Leaving Certificate Examination, 1908
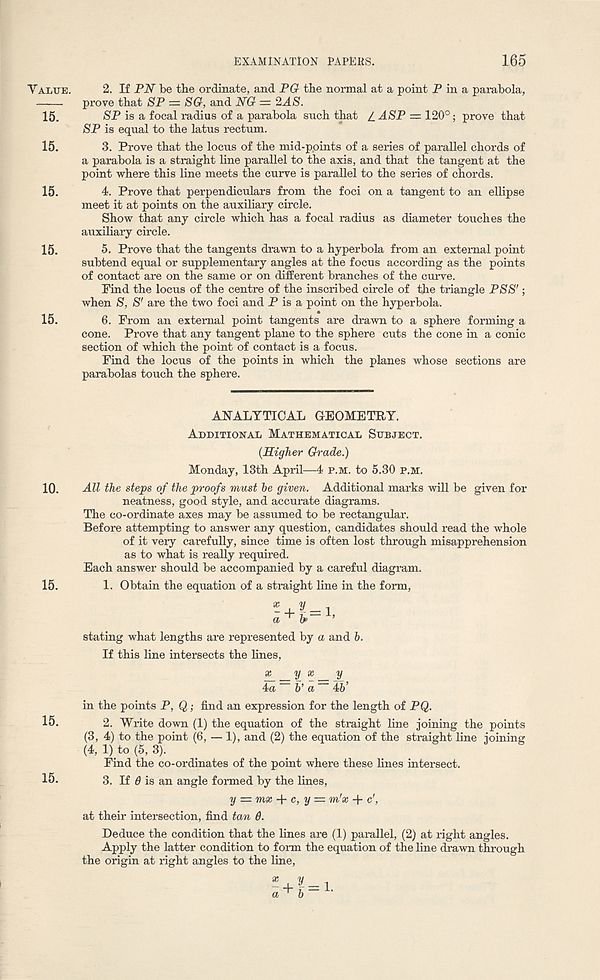
Yalue.
15.
15.
15.
15.
15.
10.
15.
15.
15.
EXAMINATION PAPEKS.
165
2. If PN be the ordinate, and PG the normal at a point P in a parabola,
prove that SP = SG, and NG — 2AS.
SP is a focal radius of a parabola such that / ASP = 120°; prove that
SP is equal to the latus rectum.
3. Prove that the locus of the mid-ppints of a series of parallel chords of
a parabola is a straight line parallel to the axis, and that the tangent at the
point where this line meets the curve is parallel to the series of chords.
4. Prove that perpendiculars from the foci on a tangent to an ellipse
meet it at points on the auxiliary circle.
Show that any circle which has a focal radius as diameter touches the
auxiliary circle.
5. Prove that the tangents drawn to a hyperbola from an external point
subtend equal or supplementary angles at the focus according as the points
of contact are on the same or on different branches of the curve.
Find the locus of the centre of the inscribed circle of the triangle PSS';
when S, S' are the two foci and P is a point on the hyperbola.
6. From an external point tangents are drawn to a sphere forming a
cone. Prove that any tangent plane to the sphere cuts the cone in a conic
section of which the point of contact is a focus.
Find the locus of the points in which the planes whose sections are
parabolas touch the sphere.
ANALYTICAL GEOMETRY.
Additional Mathematical Subject.
(Higher Grade.)
Monday, 13th April—4 p.m. to 5.30 P.M.
All the steps of the proofs must he given. Additional marks will be given for
neatness, good style, and accurate diagrams.
The co-ordinate axes may be assumed to be rectangular.
Before attempting to answer any question, candidates should read the whole
of it very carefully, since time is often lost through misapprehension
as to what is really required.
Each answer should be accompanied by a careful diagram.
1. Obtain the equation of a straight line in the form,
stating what lengths are represented by a and b.
If this line intersects the lines,
4a b’ a 45’
in the points P, Q; find an expression for the length of PQ.
2. Write down (1) the equation of the straight line joining the points
(3, 4) to the point (6, — 1), and (2) the equation of the straight line joining
(4, 1) to (5, 3).
Find the co-ordinates of the point where these lines intersect.
3. If 0 is an angle formed by the lines,
y = mx + c, y = m' x + c' ,
at their intersection, find tan 0.
Deduce the condition that the lines are (1) parallel, (2) at right angles.
Apply the latter condition to form the equation of the line drawn through
the origin at right angles to the line,